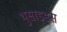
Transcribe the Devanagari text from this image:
थुसाइड्स